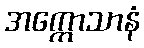
အက္ကောသာနံ